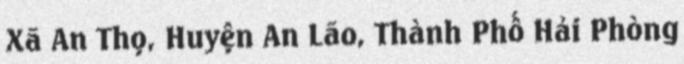
Xã An Thọ, Huyện An Lão, Thành Phố Hải Phòng